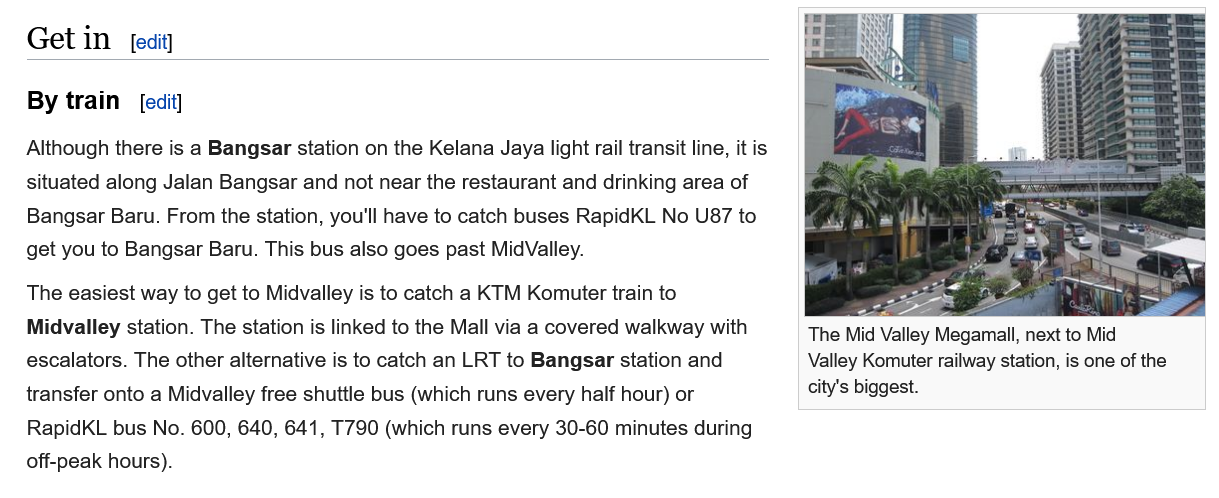
Get  in
   By train
   Although there is a Bangsar station on the Kelana Jaya light rail transit line, it is
   situated along Jalan Bangsar and not near the restaurant and drinking area of
   Bangsar Baru. From the station, you'll have to catch buses RapidKL No U87 to
   get you to Bangsar Baru. This bus also goes past MidValley.
   The easiest way to get to Midvalley is to catch a KTM Komuter train to
   Midvalley station. The station is linked to the Mall via a covered walkway with
   escalators. The other alternative is to catch an LRT to Bangsar station and
   transfer onto a Midvalley free shuttle bus (which runs every half hour) or
   RapidKL bus No. 600, 640, 641, T790 (which runs every 30-60 minutes during
   off-peak hours).

     The Mid Valley Megamall, next to Mid
     Valley Komuter railway station, is one of the
     city's biggest.
     [edit]
     [edit]